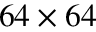
6 4 \times 6 4